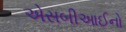
એસબીઆઈનો